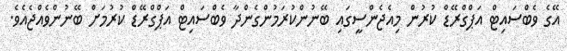
އޭގެ ވެބްސައިޓް އަޕްގްރޭޑް ކުރުން މިއެޖެންސީގައި ބޭނުންކުރަމުންގެންދާ ވެބްސައިޓް އަޕްގްރޭޑް ކުރުމަށް ބޭނުންވެއްޖެއެވެ.